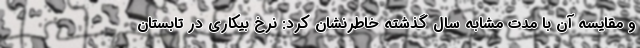
و مقایسه آن با مدت مشابه سال گذشته خاطرنشان کرد: نرخ بیکاری در تابستان